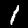
Label: 1